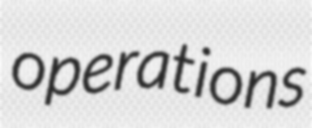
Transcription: operations